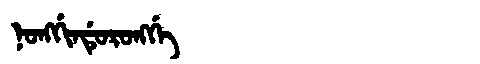
Manchu: ᠨᠣᠩᡤᡳᠨᡩᡠᡵᠣᠩᡤᡝ
Romanization: NONGGINDURONGGE